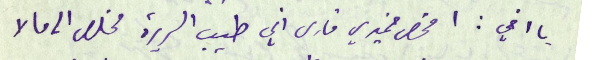
يا اخي: افحص ضميري فارى أني طيب السريرة مخلص الى مالا